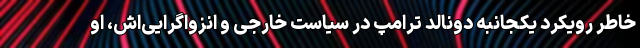
خاطر رویکرد یکجانبه دونالد ترامپ در سیاست خارجی و انزواگرایی‌اش، او